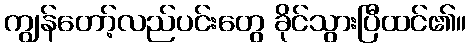
ကျွန်တော့်လည်ပင်းတွေ ခိုင်သွားပြီထင်၏။